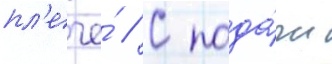
пл'ече́ // С пода́чи